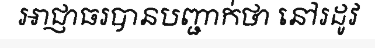
អាជ្ញាធរបានបញ្ជាក់ថា នៅរដូវ